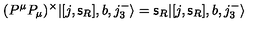
( P ^ { \mu } P _ { \mu } ) ^ { \times } | [ j , { \mathsf s } _ { R } ] , b , j _ { 3 } ^ { - } \rangle = { \mathsf s } _ { R } | [ j , { \mathsf s } _ { R } ] , b , j _ { 3 } ^ { - } \rangle